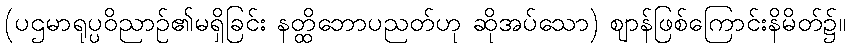
(ပဌမာရုပ္ပဝိညာဉ်၏မရှိခြင်း နတ္ထိဘောပညတ်ဟု ဆိုအပ်သော) ဈာန်ဖြစ်ကြောင်းနိမိတ်၌။